Lunatic asylums Punjab 1881-1894 - 1881-1894
Year: 1881
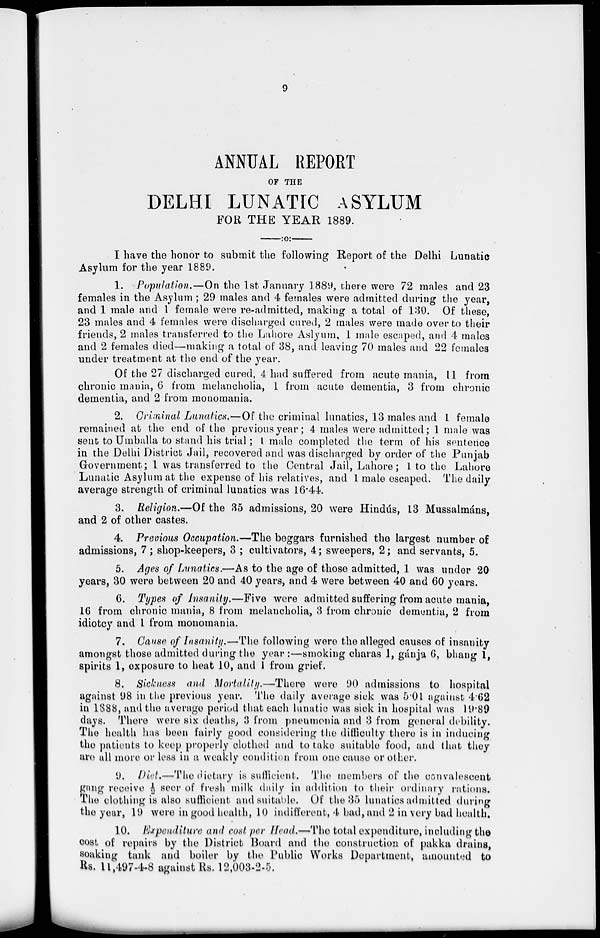
9
ANNUAL REPORT
OF THE
DELHI LUNATIC ASYLUM
FOR THE YEAR 1889.
I have the honor to submit the following Report of the Delhi Lunatic
Asylum for the year 1889.
1. Population.—On the 1st January 1889, there were 72 males and 23
females in the Asylum ; 29 males and 4 females were admitted during the year,
and 1 male and 1 female were re-admitted, making a total of 130. Of these,
23 males and 4 females were discharged cured, 2 males were made over to their
friends, 2 males transferred to the Lahore Aslyum, 1 male escaped, and 4 males
and 2 females died—making a total of 38, and leaving 70 males and 22 females
under treatment at the end of the year.
Of the 27 discharged cured, 4 had suffered from acute mania, 11 from
chronic mania, 6 from melancholia, 1 from acute dementia, 3 from chronic
dementia, and 2 from monomania.
2. Criminal Lunatics.—Of the criminal lunatics, 13 males and 1 female
remained at the end of the previous year; 4 males were admitted; 1 male was
sent to Umballa to stand his trial; I male completed the term of his sentence
in the Delhi District Jail, recovered and was discharged by order of the Punjab
Government; 1 was transferred to the Central Jail, Lahore; 1 to the Lahore
Lunatic Asylum at the expense of his relatives, and 1 male escaped. The daily
average strength of criminal lunatics was 16.44.
3. Religion.—Of the 35 admissions, 20 were Hindús, 13 Mussalmáns,
and 2 of other castes.
4. Previous Occupation.—The beggars furnished the largest number of
admissions, 7; shop-keepers, 3 ; cultivators, 4; sweepers, 2; and servants, 5.
5. Ages of Lunatics.—As to the age of those admitted, 1 was under 20
years, 30 were between 20 and 40 years, and 4 were between 40 and 60 years.
6. Types of Insanity.—Five were admitted suffering from acute mania,
16 from chronic mania, 8 from melancholia, 3 from chronic dementia, 2 from
idiotcy and 1 from monomania.
7. Cause of Insanity.—The following were the alleged causes of insanity
amongst those admitted during the year :—smoking charas 1, gánja 6, bhang 1,
spirits 1, exposure to heat 10, and 1 from grief.
8. Sickness and Mortality.—There
were 90 admissions to hospital
against 98 in the previous year. The daily average sick was 5.01 against 4.62
in 1888, and the average period that each lunatic was sick in hospital was 19.89
days. There were six deaths, 3 from pneumonia and 3 from general debility.
The health has been fairly good considering the difficulty there is in inducing
the patients to keep properly clothed and to take suitable food, and that they
are all more or less in a weakly condition from one cause or other.
9. Diet.—The dietary is sufficient. The members of the convalescent
gang receive ½ seer of fresh milk daily in addition to their ordinary rations.
The clothing is also sufficient and suitable. Of the 35 lunatics admitted during
the year, 19 were in good health, 10 indifferent, 4 bad, and 2 in very bad health.
10. Expenditure and cost per Head.—The total expenditure, including the
cost of repairs by the District Board and the construction of pakka drains,
soaking tank and boiler by the Public Works Department, amounted to
Rs. 11,497-4-8 against Rs. 12,003-2-5.